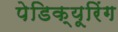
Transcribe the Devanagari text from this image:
पेडिक्यूरिंग